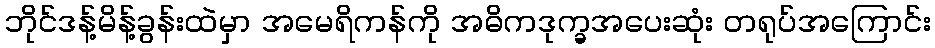
ဘိုင်ဒန့်မိန့်ခွန်းထဲမှာ အမေရိကန်ကို အဓိကဒုက္ခအပေးဆုံး တရုပ်အကြောင်း